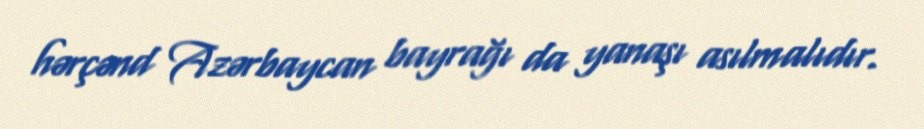
hərçənd Azərbaycan bayrağı da yanaşı asılmalıdır.